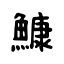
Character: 鱇